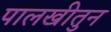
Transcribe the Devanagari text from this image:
पालखीतुन